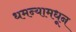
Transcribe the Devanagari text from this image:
धमन्यामधून